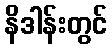
နိဒါန်းတွင်